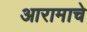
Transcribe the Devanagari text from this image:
आरामाचे